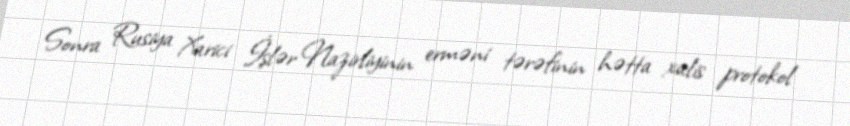
Sonra Rusiya Xarici İşlər Nazirliyinin erməni tərəfinin hətta xalis protokol